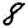
Digit: 8